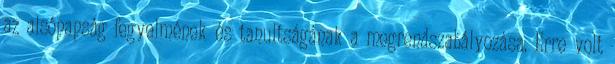
az alsópapság fegyelmének és tanultságának a megrendszabályozása. Erre volt